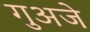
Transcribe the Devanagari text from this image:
गुअजे